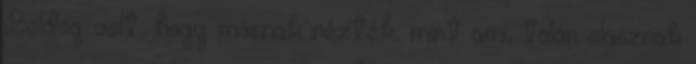
Boldog volt, hogy másnak nézték, mint ami, talán olasznak